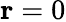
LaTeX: \mathbf{r}=0